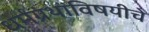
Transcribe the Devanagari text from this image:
धर्मग्रंथांविषयीचे